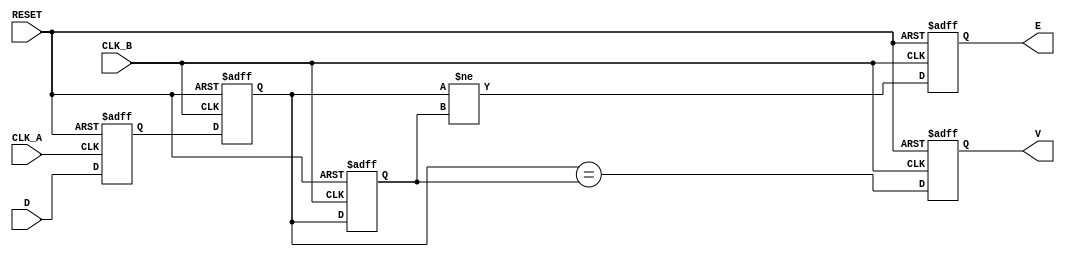
module cdc_detector (
    input wire D,          // Asynchronous data signal
    input wire CLK_A,      // Clock for the originating domain
    input wire CLK_B,      // Clock for the receiving domain
    input wire RESET,      // Active high reset signal
    output reg V,          // Valid signal
    output reg E           // Error signal
);

    reg D_sampled;         // Sampled value of D in domain A
    reg D_sync_1;         // First stage of synchronization in domain B
    reg D_sync_2;         // Second stage of synchronization in domain B

    // Capture the data signal D on the rising edge of CLK_A
    always @(posedge CLK_A or posedge RESET) begin
        if (RESET) begin
            D_sampled <= 1'b0;
        end else begin
            D_sampled <= D;
        end
    end

    // Synchronize the sampled data to clock domain B
    always @(posedge CLK_B or posedge RESET) begin
        if (RESET) begin
            D_sync_1 <= 1'b0;
            D_sync_2 <= 1'b0;
            V <= 1'b0;
            E <= 1'b0;
        end else begin
            D_sync_1 <= D_sampled;       // First stage sync
            D_sync_2 <= D_sync_1;       // Second stage sync

            // Valid signal: High if the synchronized data is stable
            V <= (D_sync_1 == D_sync_2);

            // Error signal: Pulses when there's a change in D_sync_1 and D_sync_2
            E <= (D_sync_1 != D_sync_2);
        end
    end

endmodule